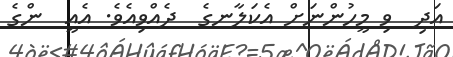
އަދި  ވި މީހުންނަށް އެކަލާނގެ  ދެއްވިއެވެ. އެއީ  ންގެ